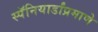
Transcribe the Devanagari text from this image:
स्पॅनियार्डांप्रमाणे